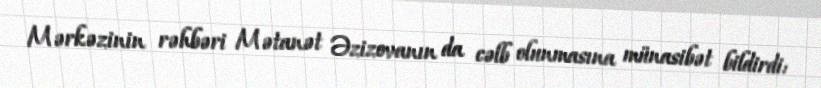
Mərkəzinin rəhbəri Mətanət Əzizovanın da cəlb olunmasına münasibət bildirdi: